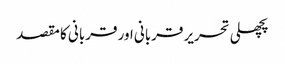
پچھلی تحریر قربانی اور قربانی کا مقصد